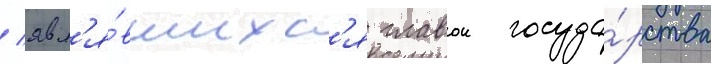
/ явл'я́вшихс'я главои госуда́рства